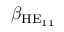
\beta _ { \mathrm { H E } _ { 1 1 } }